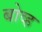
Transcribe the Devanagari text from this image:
बोव्ह